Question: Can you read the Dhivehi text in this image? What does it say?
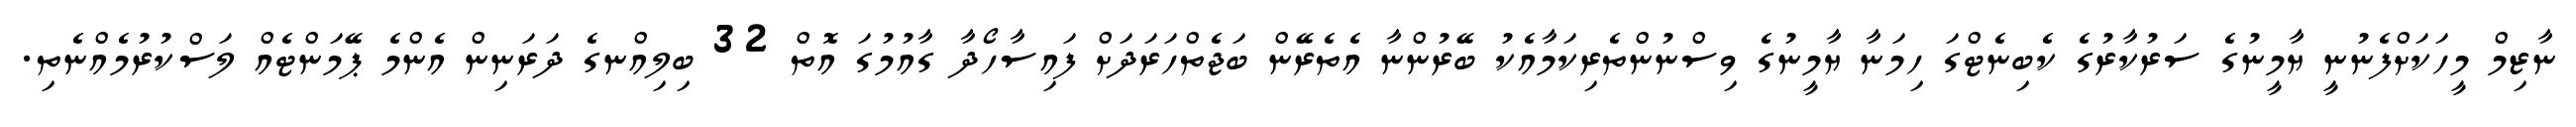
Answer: ނާޒިމް މީހަކަށްފެނުނީ ޔާމީނުގެ ސަރުކާރުގެ ކެބިނެޓްގަ ހިމަނާ ޔާމީނުގެ ވިސްނުންތެރިކަމާއެކު ބޭރުންނާ އެތެރޭން ބަޖެތްހަރަދަށް ފައިސާހޯދާ ގާއުމުގަ އޮތް 32 ބިލިއްނގެ ދަރަނިން އެންމެ ޕޭމަންޓެއް ލަސްކުރުމެއްނެތި.